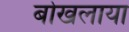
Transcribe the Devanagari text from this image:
बोखलाया